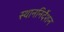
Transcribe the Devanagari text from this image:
स्थाननिर्देशन